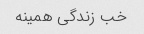
خب زندگی همینه